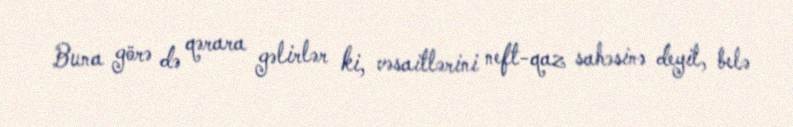
Buna görə də qərara gəlirlər ki, vəsaitlərini neft-qaz sahəsinə deyil, belə